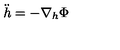
\ddot { h } = - \nabla _ { h } \Phi